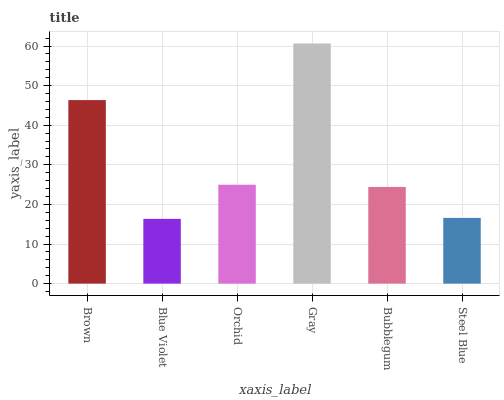
| xaxis_label | bars |
 | --- | --- |
 | Brown | 46.3 |
 | Blue Violet | 16.4 |
 | Orchid | 25 |
 | Gray | 60.6 |
 | Bubblegum | 24.4 |
 | Steel Blue | 16.6 |